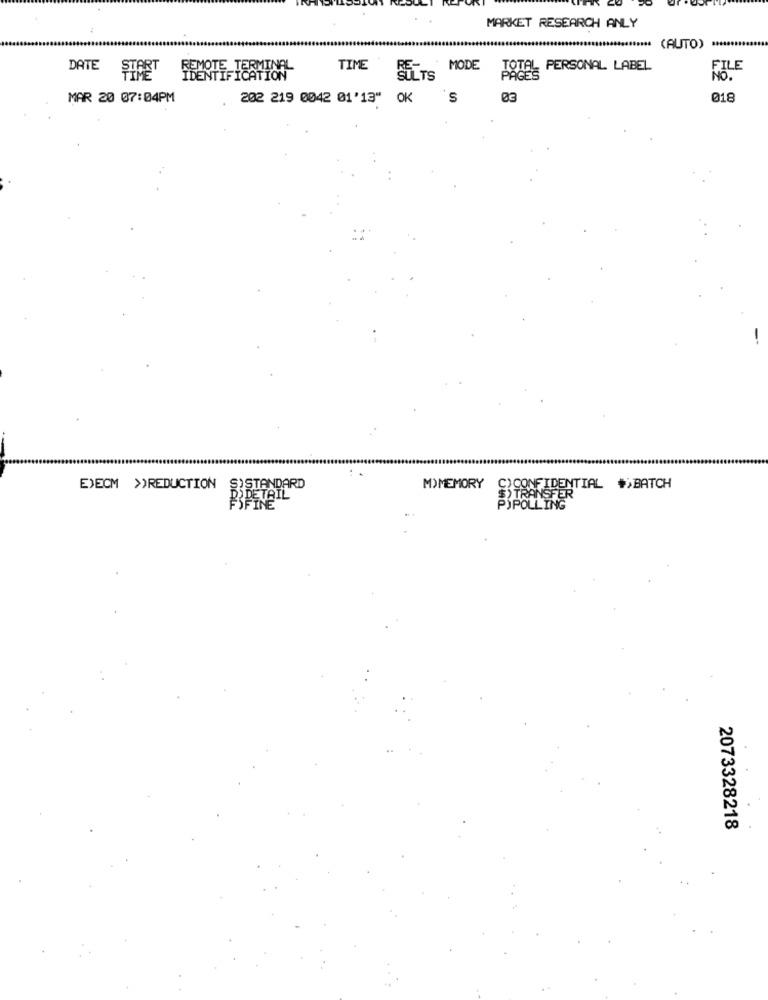
MARKET RESEARCH ANLY
..........
*************** (AUTO)
DATE
TIME
MODE
TOTAL PERSONAL LABEL
FILE
NO.
MAR 20 07:04PM
202 219 0042 01'13" OK 'S
03
018
EXECM >REDUCTION
S)STANDARD
MYMEMORY
C)CONFIDENTIAL *>BATCH
PIPETAIL
$) TRANSFER
FSFINE"
POPOLLING
2073328218